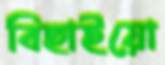
বিছাইয়ো